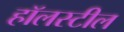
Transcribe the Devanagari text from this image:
हॉलस्टील